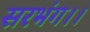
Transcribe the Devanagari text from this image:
सरभंग।।